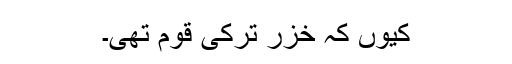
کیوں کہ خزر ترکی قوم تھی۔